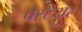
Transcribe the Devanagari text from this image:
पेस्टेयर